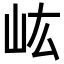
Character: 𡵓